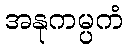
အနုကမ္ပကံ